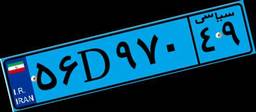
۴۸D۶۴۹۳۸